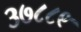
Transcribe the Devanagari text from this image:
३७८८९